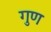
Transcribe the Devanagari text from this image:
गुण